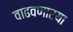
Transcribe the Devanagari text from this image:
वाढवणारया